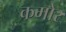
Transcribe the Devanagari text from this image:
कमोर